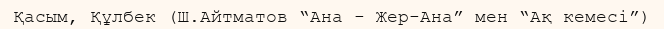
Қасым, Құлбек (Ш.Айтматов “Ана - Жер-Ана” мен “Ақ кемесі”)